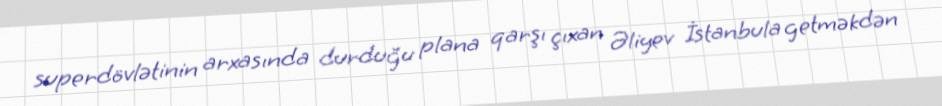
superdövlətinin arxasında durduğu plana qarşı çıxan Əliyev İstanbula getməkdən